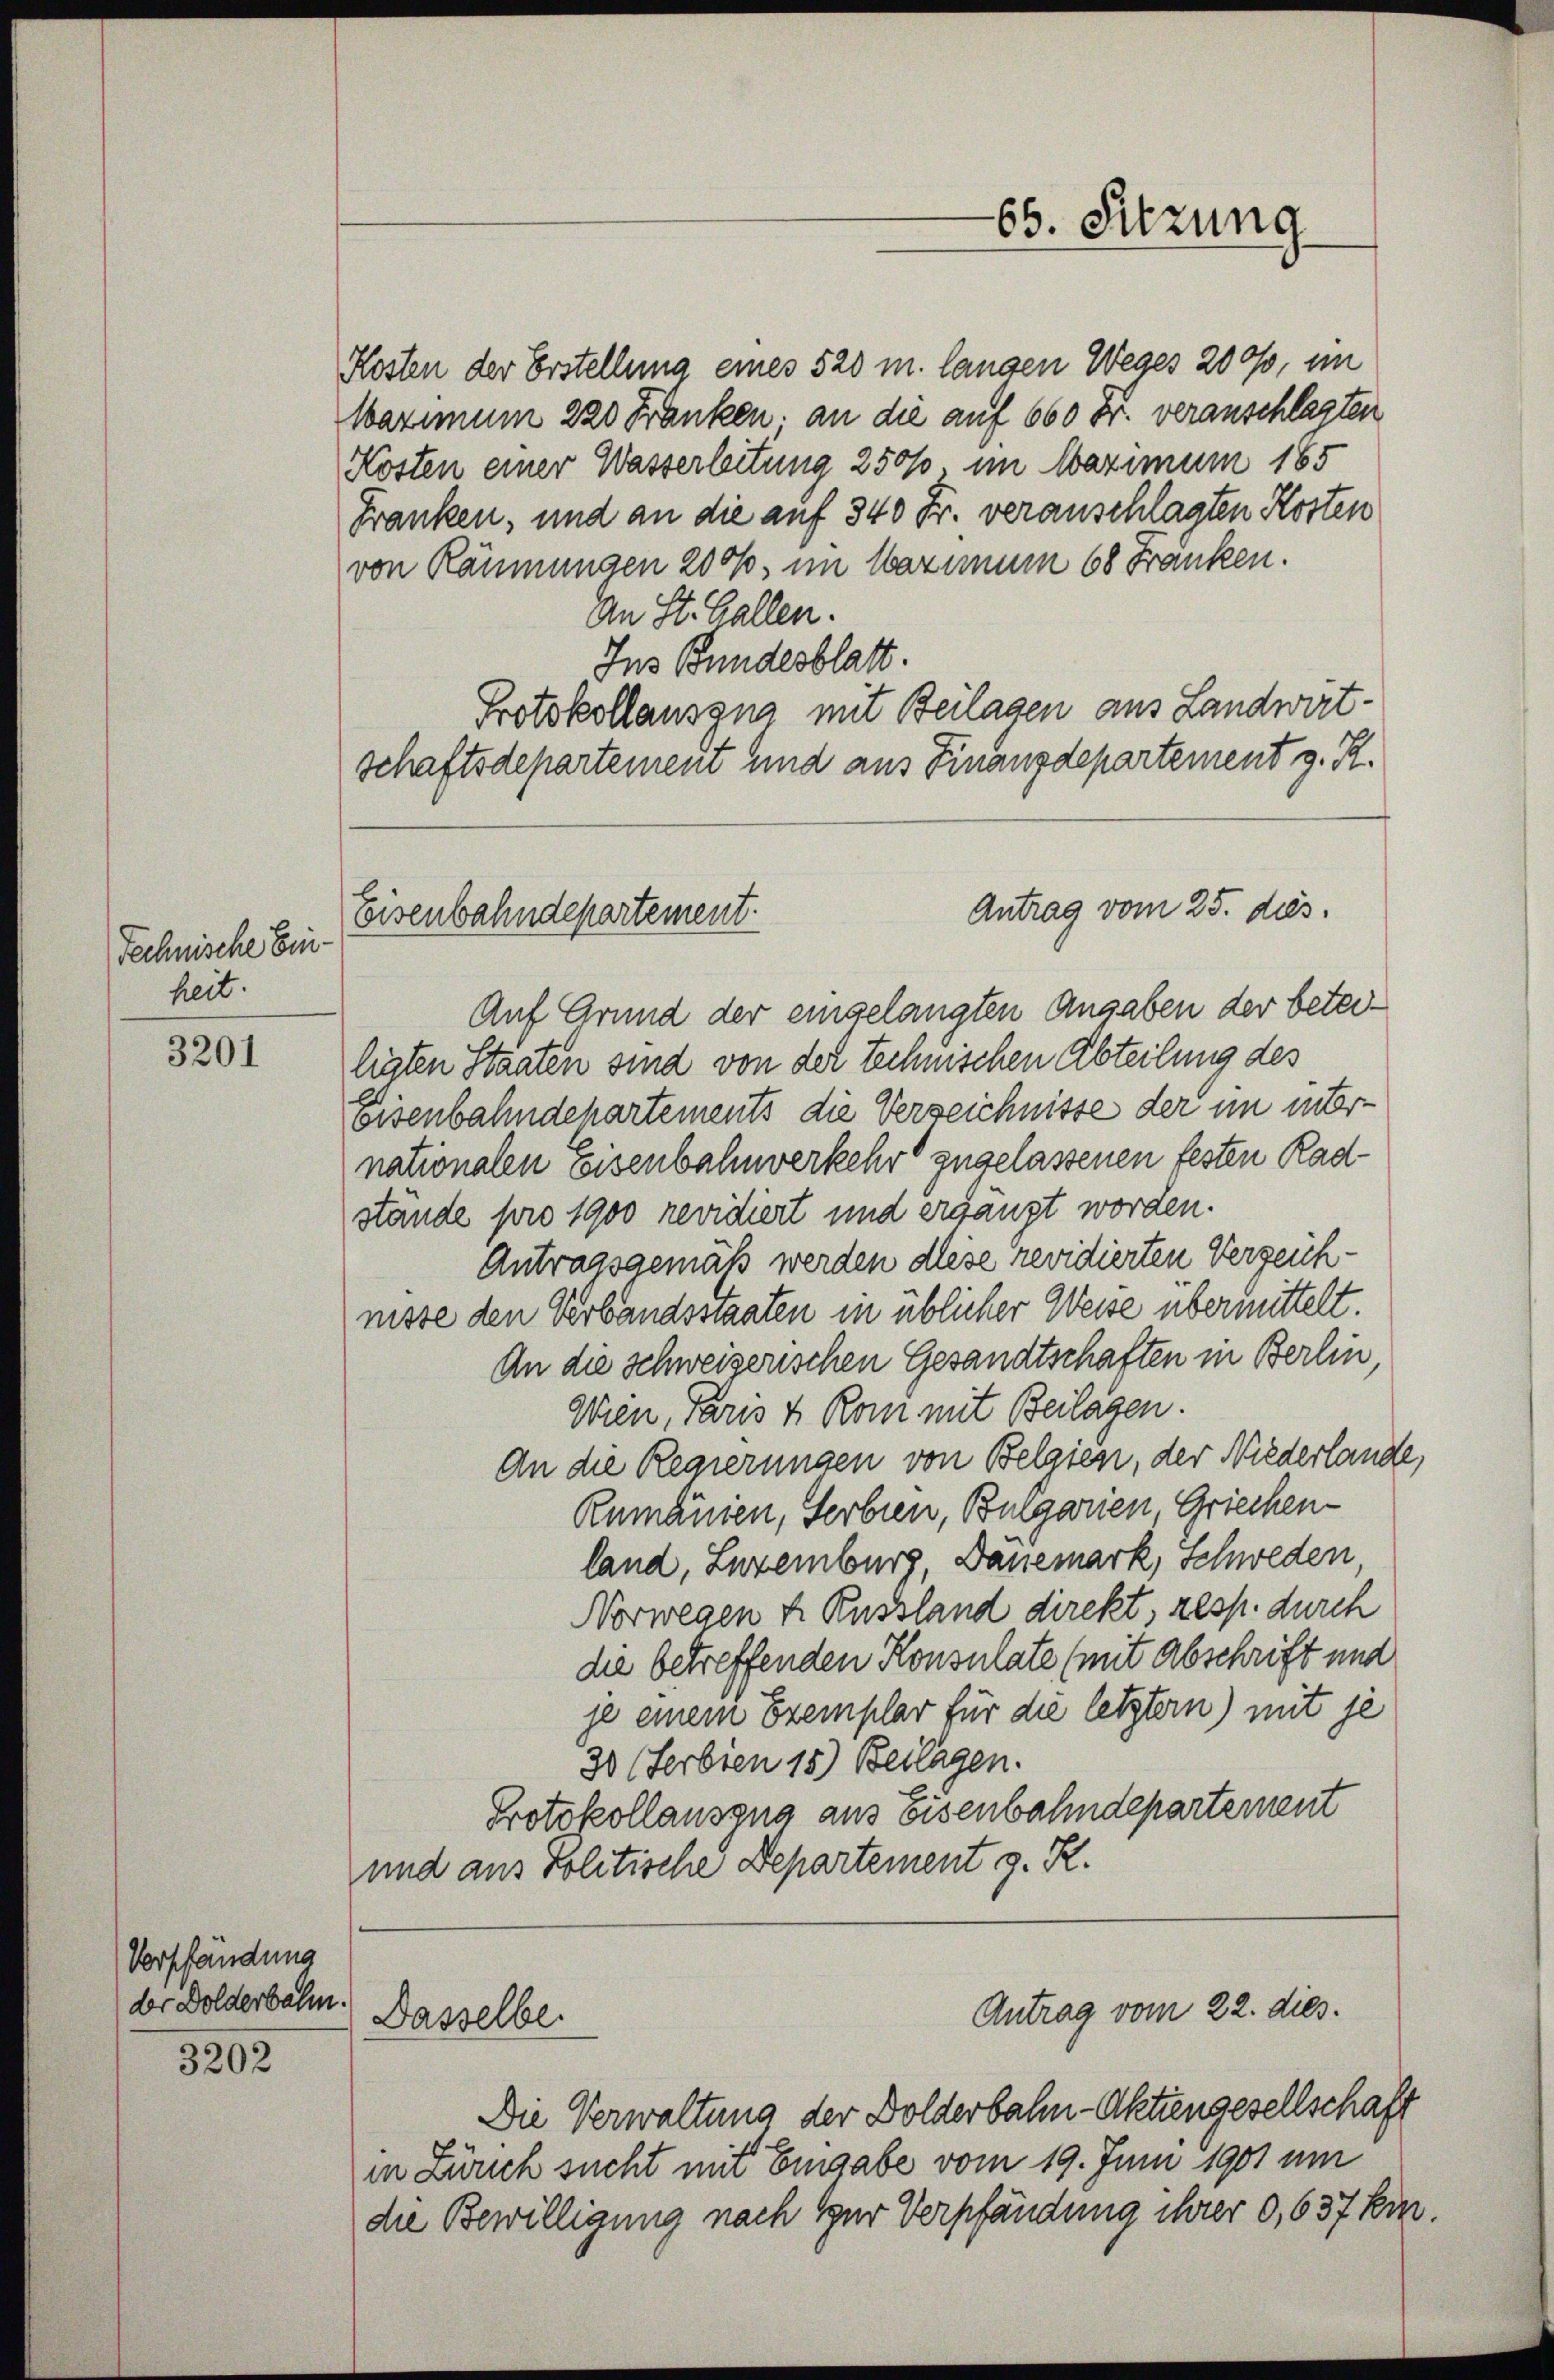
Technische Ein-
heit.

3201

3202

Verpfändung
der Dolderbahn.

Eisenbahndepartement.

Kosten der Erstellung eines 520 m. langen Weges 200, ein
Waximum 220 Franken, an die auf 600 Fr. veranschlagten
Kosten einer Wasserleitung 2500. im Maximum 185
Franken, und an die auf 340 Fr. veranschlagten Kosten
von Räumungen 200%, im Warum 68 Fränken.
An St. Gallen.
Ins Bundesblatt.
Protokollausgna mit Beilagen aus Landwirt-
schaftsdepartement und aus Finanzdepartement z. R.
Auf Grund der eingelangten Angaben der beteiligten Staaten sind von der Technischen Abteilung des
Eisenbahndehartements die Verzeichnisse der im mornationalen Eisenbahnverkehr zugelassenen festen Radstände pro 1900 revidiert und ergänzt worden.
Antragsgemäß werden diese revidierten Verzeichnisse den Verbandsstaaten in üblicher Weise übermittelt.
An die schweizerischen Gesandtschaften in Berlin,
Wien, Paris & Roni mit Beilagen.
An die Regierungen von Belgien, der Niederlande
Rumänien, Serbien, Bulgarien, Griechenland, Luxenburg, Danemark, Schweden,
Norwegen u. Russland direkt, resp. durch
die betreffenden Konsulate (mit Abschrift und
je einem Exemplar für die letztern) mit je
30 (Ferbien 15) Beilagen.
Protokollausgna aus Eisenbahndepartement
und aus Politische Departement z. R.

Dasselbe.

65. Sitzung

Antrag vom 25. dies.

Antrag vom 22. dies.

Die Verwaltung der Dolderbahn-Aktiengesellschaft
in Zürich sucht mit Eingabe vom 19. Juni 1901 um
die Bewilligung nach zur Verpfändung ihrer 0,637 hin.